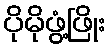
ပိုမိုဖွံ့ဖြိုး